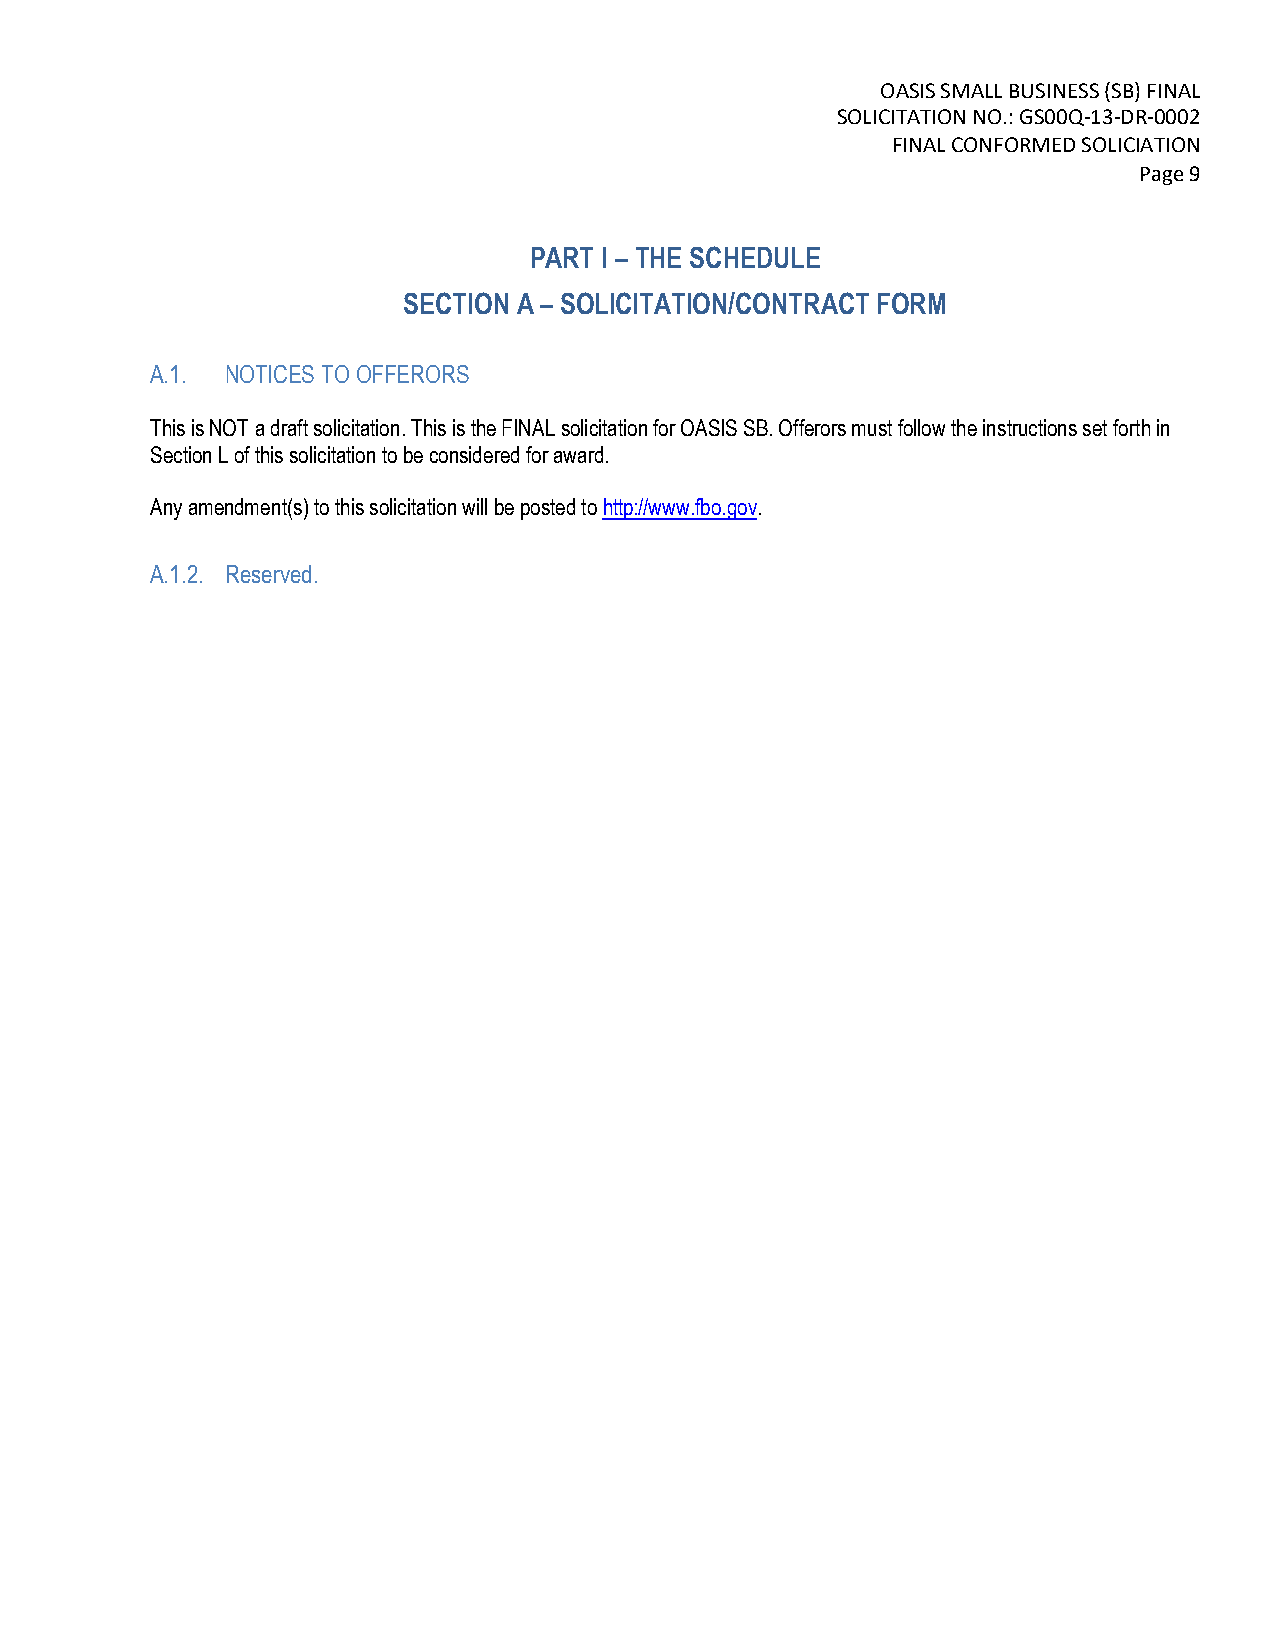
OASIS SMALL BUSINESS (SB) FINAL
 SOLICITATION NO.: GS00Q-13-DR-0002
 FINAL CONFORMED SOLICIATION
 Page 9
 PART I – THE SCHEDULE
 SECTION A – SOLICITATION/CONTRACT FORM
 A.1. NOTICES TO OFFERORS
 This is NOT a draft solicitation. This is the FINAL solicitation for OASIS SB. Offerors must follow the instructions set forth in
 Section L of this solicitation to be considered for award.
 Any amendment(s) to this solicitation will be posted to http://www.fbo.gov.
 A.1.2. Reserved.